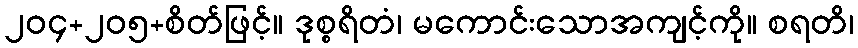
၂၀၄+၂၀၅+စိတ်ဖြင့်။ ဒုစ္စရိတံ၊ မကောင်းသောအကျင့်ကို။ စရတိ၊